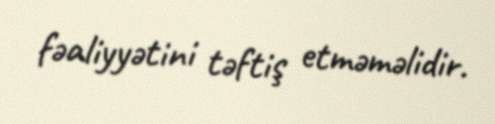
fəaliyyətini təftiş etməməlidir.